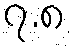
၇.၈